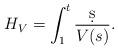
LaTeX: \begin{align*}H_V = \int_1^t \frac{\d s}{V(s)}.\end{align*}